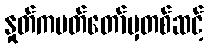
နှုတ်ကပတ်တော်မှတစ်ဆင့်